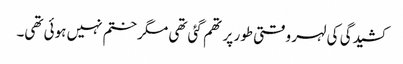
کشیدگی کی لہر وقتی طور پر تھم گئی تھی مگر ختم نہیں ہوئی تھی۔